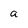
Character: a